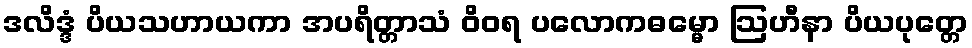
ဒလိဒ္ဒံ ပိယသဟာယကာ အပရိတ္တာသံ ဝိဝရ ပလောကဓမ္မော ဩဟီနာ ပိယပုတ္တေ